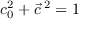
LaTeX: c _ { 0 } ^ { 2 } + \vec { c } \, ^ { 2 } = 1